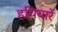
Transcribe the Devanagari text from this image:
हथियारें